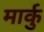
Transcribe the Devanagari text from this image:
मार्कु